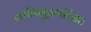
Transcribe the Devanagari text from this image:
ध्वनिमुद्रणांपेक्षा